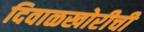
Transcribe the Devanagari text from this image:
दिवाळखोरीची